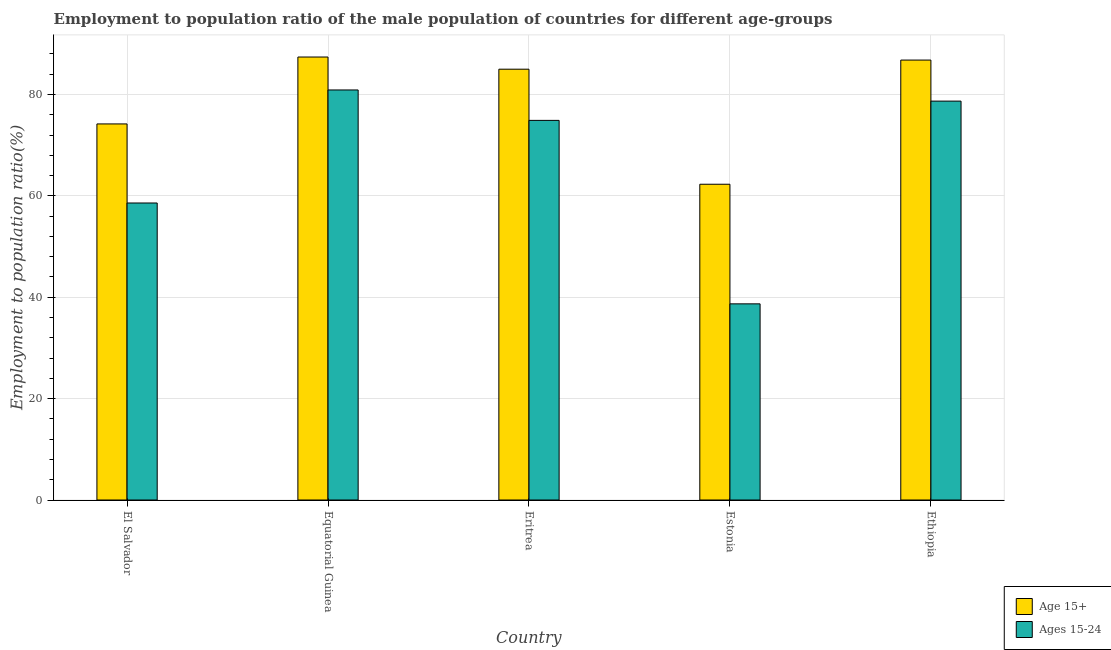
| Country | Age 15+ | Ages 15-24 |
 | --- | --- | --- |
 | El Salvador | 74.2 | 58.6 |
 | Equatorial Guinea | 87.4 | 80.9 |
 | Eritrea | 85 | 74.9 |
 | Estonia | 62.3 | 38.7 |
 | Ethiopia | 86.8 | 78.7 |